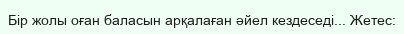
Бір жолы оған баласын арқалаған әйел кездеседі... Жетес: